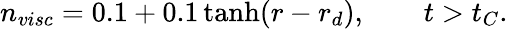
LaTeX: n_{visc}=0.1+0.1\operatorname{tanh}(r-r_{d}),\qquad t>t_{C}.